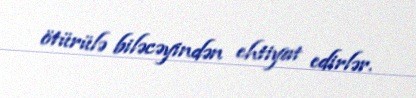
ötürülə biləcəyindən ehtiyat edirlər.